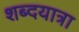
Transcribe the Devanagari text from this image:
शब्दयात्रा